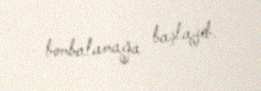
bombalamağa başlayıb.